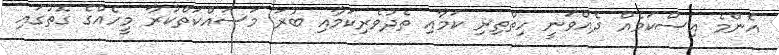
އެންމެ އިސްކަމެއް ދެއްވަނީ ހިތްތިރި ކަމާއި ތެދުވެރިކަމާއި ބުރަ މަސައްކަތްކުރާ މީހެއްގެ ގޮތުގައި